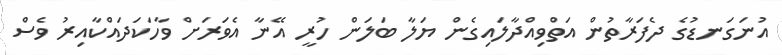
އުނަގަނޑުގެ ދެފަރާތުން އަތްވިއްދާލައިގެން ޔަލާ ބަލަން ހުރީ އޭނާ އެވަރަށް ވާހަކަދައްކާއިރު ވެސް